Bombay plague: being a history of the progress of plague in the Bombay presidency from September 1896 to June 1899
Year: 1896
Disease focus: Plague
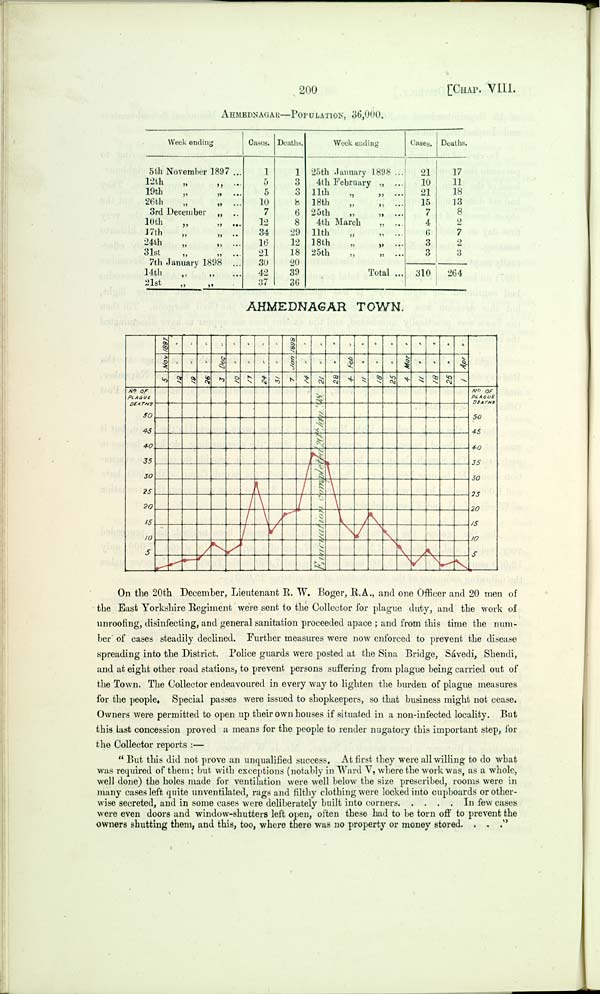
200
[CHAP. VIII.
AHMEDNAGAR—POPULATION, 36,000.
Week ending
5th November
1897
12th " "
19th " "
26th " "
3rd December "
10th " "
17th " "
24th " "
31st " "
7th January
1898
14th
"
"
21st " "
Cases.
1
5
5
10
7
12
34
16
21
30
42
37
Deaths.
1
3
3
8
6
8
29
12
18
20
39
36
Week ending
25th January
1898
4th February "
11th " "
18th " "
25th " "
4th March "
11th " "
18th " "
25th " "
Total
Cases.
21
10
21
15
7
4
6
3
3
310
Deaths.
17
11
18
13
8
2
7
2
3
264
AHMEDNAGAR TOWN.
On the 20th December, Lieutenant R. W. Boger, R.A., and one Officer and 20 men of
the East Yorkshire Regiment were sent to the Collector for plague duty, and the work of
unroofing, disinfecting, and general sanitation proceeded apace; and from this time the num-
ber of cases steadily declined. Further measures were now enforced to prevent the disease
spreading into the District. Police guards were posted at the Sina Bridge, Sávedi, Shendi,
and at eight other road stations, to prevent persons suffering from plague being carried out of
the Town. The Collector endeavoured in every way to lighten the burden of plague measures
for the people. Special passes were issued to shopkeepers, so that business might not cease.
Owners were permitted to open up their own houses if situated in a non-infected locality. But
this last concession proved a means for the people to render nugatory this important step, for
the Collector reports:—
"But this did not prove an unqualified success. At first they were all willing to do what
was required of them; but with exceptions (notably in Ward V, where the work was, as a whole,
well done) the holes made for ventilation were well below the size prescribed, rooms were in
many cases left quite unventilated, rags and filthy clothing were locked into cupboards or other-
wise secreted, and in some cases were deliberately built into corners
In few cases
were even doors and window-shutters left open, often these had to be torn off to prevent the
owners shutting them, and this, too, where there was no property or money stored. . . ."